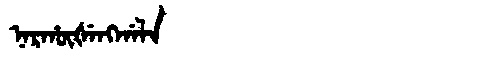
Manchu: ᠨᠠᡵᡥᡡᡧᡝᠩᡤᠠᠯᠠ
Romanization: NARHŪŠENGGALA